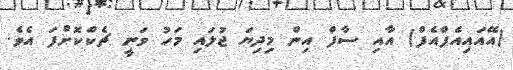
(އޭއައިއެފްއެފް) އާއި ސާފް އިން މިދިޔަ ޖުލައި މަހު ވަނީ ޗެކްކޮށްފަ އެވެ.